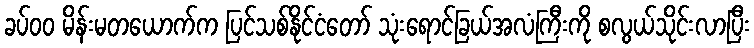
ခပ်၀၀ မိန်းမတယောက်က ပြင်သစ်နိုင်ငံတော် သုံးရောင်ခြယ်အလံကြီးကို စလွယ်သိုင်းလာပြီး